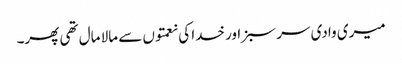
میری وادی سر سبز اور خدا کی نعمتوں سے مالا مال تھی پھر۔